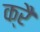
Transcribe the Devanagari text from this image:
क्रै